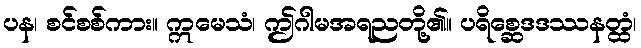
ပန၊ စင်စစ်ကား။ ဣမေသံ၊ ဤဂါမအရညတို့၏။ ပရိစ္ဆေဒဒဿနတ္ထံ၊